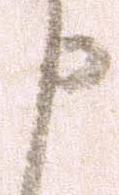
申